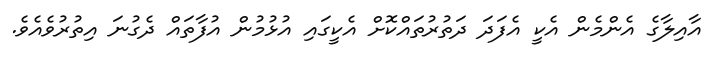
އާއިލާގެ އެންމެން އެކީ އެފަދަ ދަތުރުތައްކޮށް އެކީގައި އުޅުމުން އުފާތައް ދެގުނަ އިތުރުވެއެވެ.